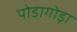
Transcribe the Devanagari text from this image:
पोडागोड़ा